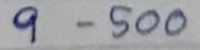
9 - 500